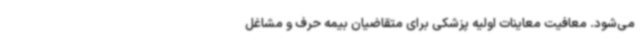
می‌شود. معافیت معاینات اولیه پزشکی برای متقاضیان بیمه حرف و مشاغل